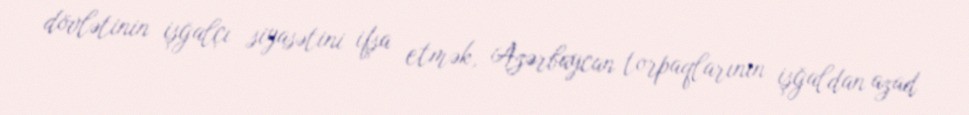
dövlətinin işğalçı siyasətini ifşa etmək, Azərbaycan torpaqlarının işğaldan azad